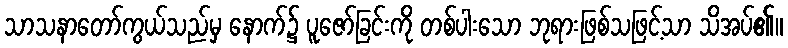
သာသနာတော်ကွယ်သည်မှ နောက်၌ ပူဇော်ခြင်းကို တစ်ပါးသော ဘုရားဖြစ်သဖြင့်သာ သိအပ်၏။